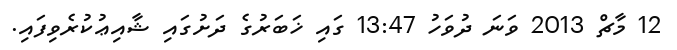
12 މާޗް 2013 ވަނަ ދުވަހު 13:47 ގައި ޚަބަރުގެ ދަށުގައި ޝާއިޢުކުރެވިފައި.